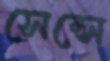
সেন্সে